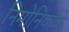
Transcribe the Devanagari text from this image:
निमोनियाके